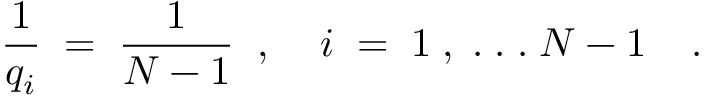
\frac { 1 } { q _ { i } } \; = \; \frac { 1 } { N - 1 } \; \; , \; \; \; \; i \; = \; 1 \; , \; . \; . \; . \; N - 1 \; \; \; \; .